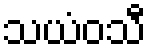
သယံဝသီ